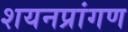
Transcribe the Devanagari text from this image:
शयनप्रांगण